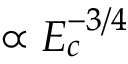
\propto E _ { c } ^ { - 3 / 4 }